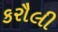
કરૌલી